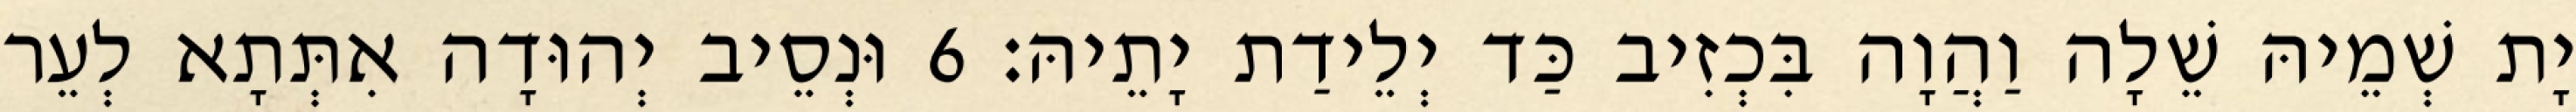
יָת שְׁמֵיהּ שֵׁלָה וַהֲוָה בִּכְזִיב כַּד יְלֵידַת יָתֵיהּ׃ 6 וּנְסֵיב יְהוּדָה אִתְּתָא לְעֵר